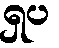
ရှပ